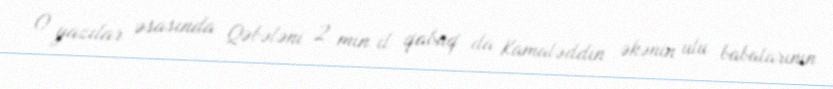
O yazılar əsasında Qəbələni 2 min il qabaq da Kamaləddin əkənin ulu babalarının